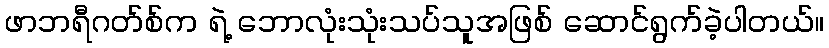
ဖာဘရီဂတ်စ်က ရဲ့ ဘောလုံးသုံးသပ်သူအဖြစ် ဆောင်ရွက်ခဲ့ပါတယ်။